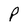
Character: P